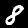
Label: 8